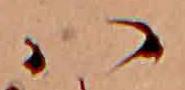
ハ